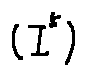
( I ^ { 5 } )